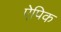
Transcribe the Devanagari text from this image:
ऐपिक